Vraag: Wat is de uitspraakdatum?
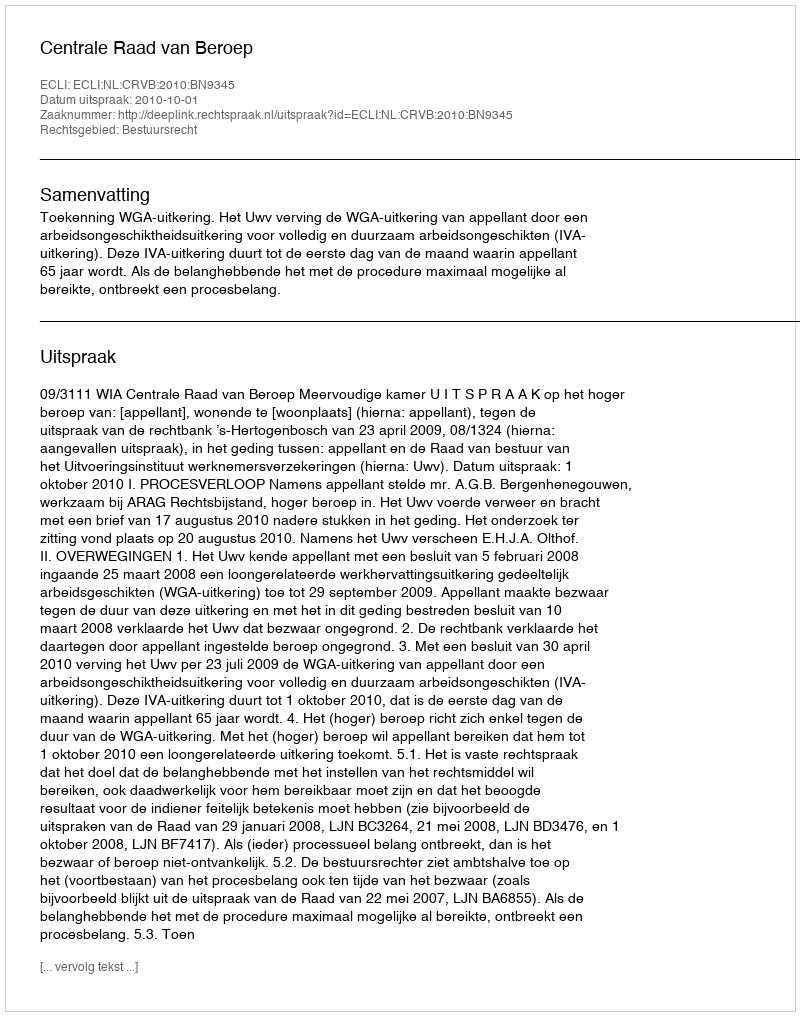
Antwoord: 2010-10-01